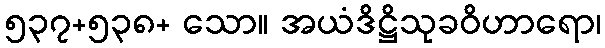
၅၃၇+၅၃၈+ သော။ အယံဒိဋ္ဌိသုခဝိဟာရော၊